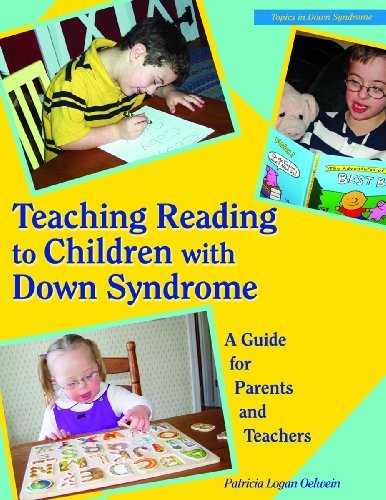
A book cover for Teaching Reading to Children with down Syndrome: A Guide for Parents and Teachers; Patricia L. Oelwein; Health, Fitness & Dieting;